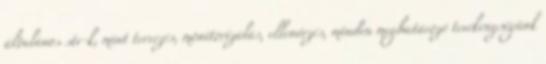
általános str-k, mint tervezés, monitorizálás, ellenőrzés, minden meghatározó tevékenységünk